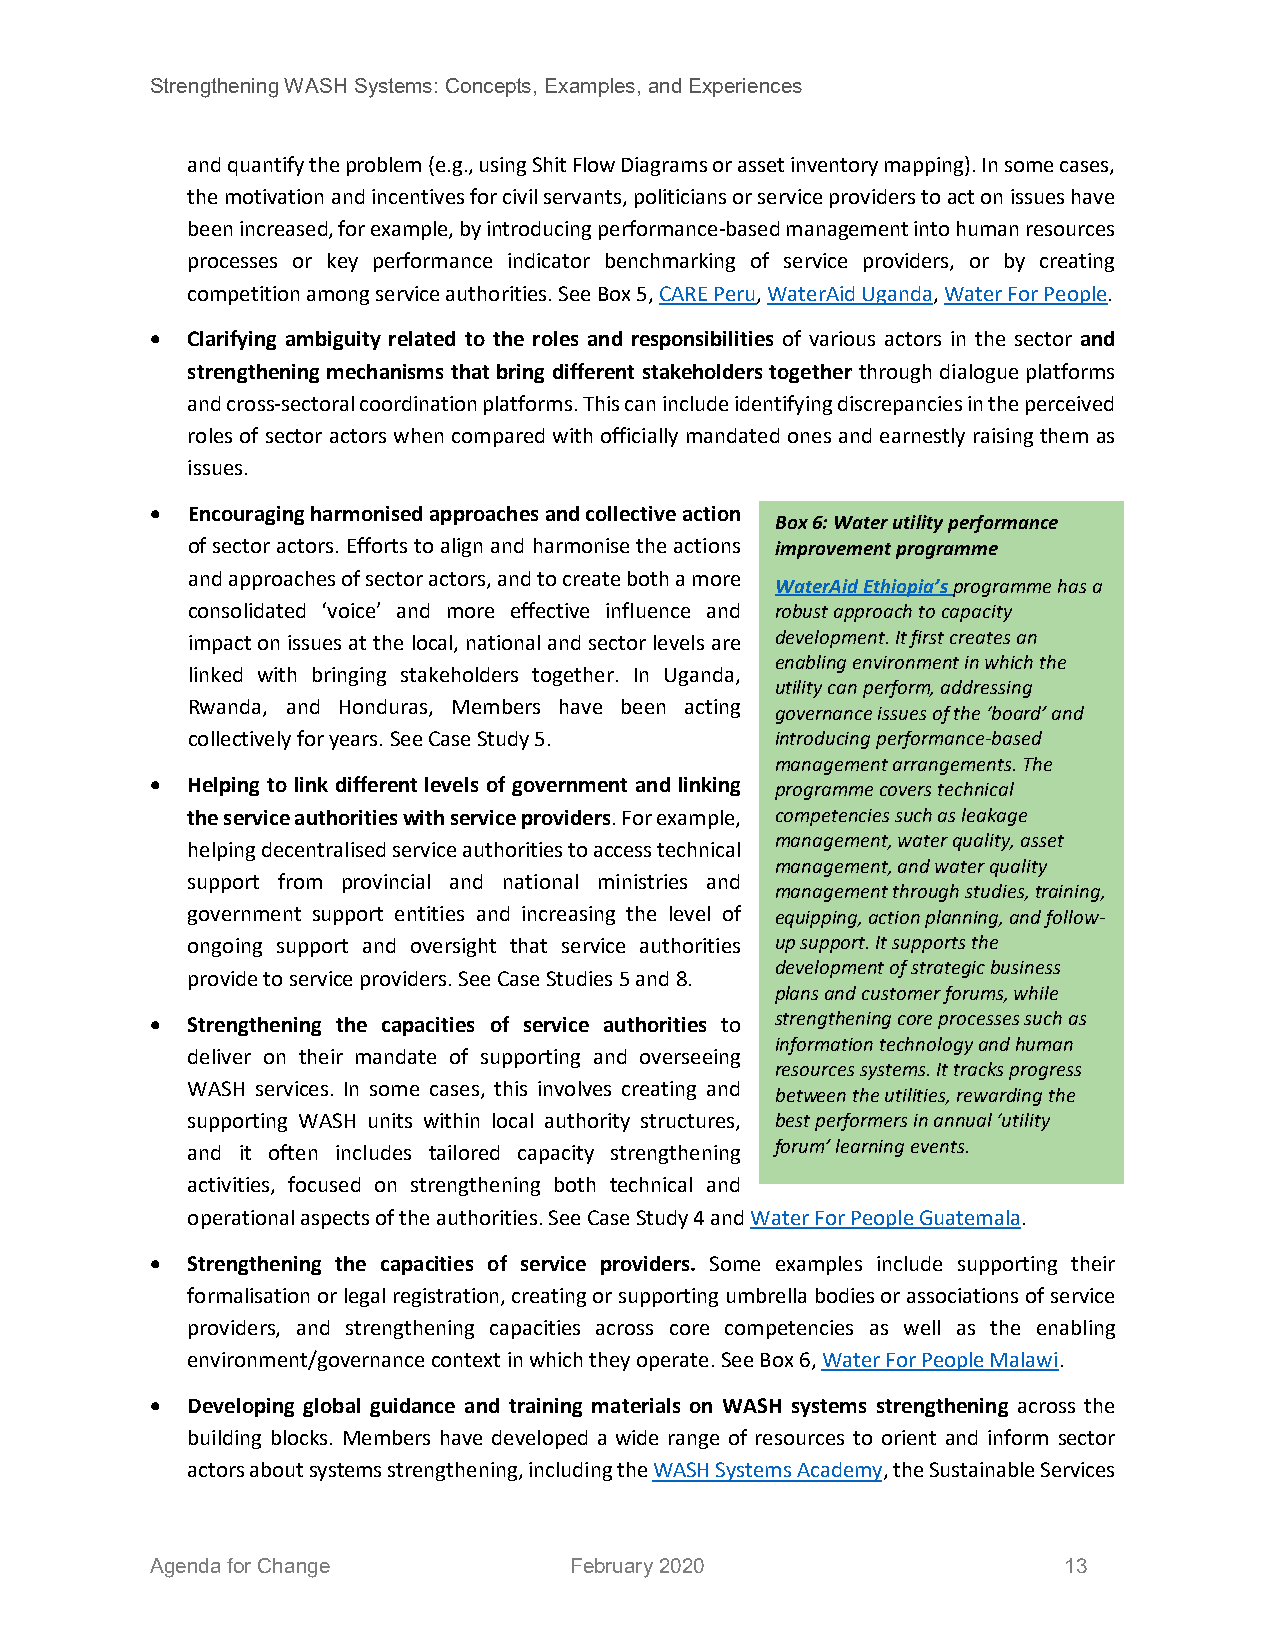
Strengthening WASH Systems: Concepts, Examples, and Experiences
 and quantify the problem (e.g., using Shit Flow Diagrams or asset inventory mapping). In some cases,
 the motivation and incentives for civil servants, politicians or service providers to act on issues have
 been increased, for example, by introducing performance-based management into human resources
 processes or key performance indicator benchmarking of service providers, or by creating
 competition among service authorities. See Box 5, CARE Peru, WaterAid Uganda, Water For People.
 • Clarifying ambiguity related to the roles and responsibilities of various actors in the sector and
 strengthening mechanisms that bring different stakeholders together through dialogue platforms
 and cross-sectoral coordination platforms. This can include identifying discrepancies in the perceived
 roles of sector actors when compared with officially mandated ones and earnestly raising them as
 issues.
 • Encouraging harmonised approaches and collective action
 Box 6: Water utility performance
 of sector actors. Efforts to align and harmonise the actions improvement programme
 and approaches of sector actors, and to create both a more
 WaterAid Ethiopia’s programme has a
 consolidated ‘voice’ and more effective influence and robust approach to capacity
 impact on issues at the local, national and sector levels are development. It first creates an
 enabling environment in which the
 linked with bringing stakeholders together. In Uganda,
 utility can perform, addressing
 Rwanda, and Honduras, Members have been acting
 governance issues of the ‘board’ and
 collectively for years. See Case Study 5. introducing performance-based
 management arrangements. The
 • Helping to link different levels of government and linking programme covers technical
 the service authorities with service providers. For example, competencies such as leakage
 management, water quality, asset
 helping decentralised service authorities to access technical
 management, and water quality
 support from provincial and national ministries and
 management through studies, training,
 government support entities and increasing the level of equipping, action planning, and follow-
 ongoing support and oversight that service authorities up support. It supports the
 development of strategic business
 provide to service providers. See Case Studies 5 and 8.
 plans and customer forums, while
 • Strengthening the capacities of service authorities to strengthening core processes such as
 information technology and human
 deliver on their mandate of supporting and overseeing
 resources systems. It tracks progress
 WASH services. In some cases, this involves creating and
 between the utilities, rewarding the
 supporting WASH units within local authority structures, best performers in annual ‘utility
 forum’ learning events.
 and it often includes tailored capacity strengthening
 activities, focused on strengthening both technical and
 operational aspects of the authorities. See Case Study 4 and Wa ter For People Guatemala.
 • Strengthening the capacities of service providers. Some examples include supporting their
 formalisation or legal registration, creating or supporting umbrella bodies or associations of service
 providers, and strengthening capacities across core competencies as well as the enabling
 environment/governance context in which they operate. See Box 6, Water For People Malawi.
 • Developing global guidance and training materials on WASH systems strengthening across the
 building blocks. Members have developed a wide range of resources to orient and inform sector
 actors about systems strengthening, including the WASH Systems Academy, the Sustainable Services
 Agenda for Change           February 2020                   13